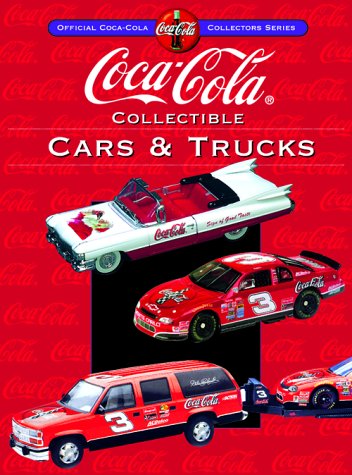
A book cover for Coca-Cola Collectible Cars & Trucks (Collector's Guide to Coca Cola Items Series); Kyle Foreman; Crafts, Hobbies & Home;